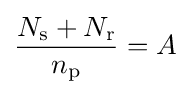
{\frac {N_{\text{s}}+N_{\text{r}}}{n_{\text{p}}}}=A